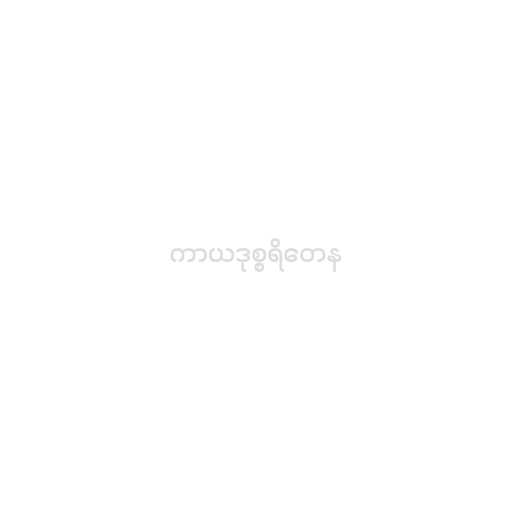
ကာယဒုစ္စရိတေန